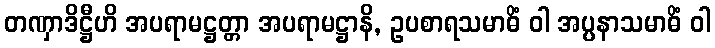
တဏှာဒိဋ္ဌီဟိ အပရာမဋ္ဌတ္တာ အပရာမဋ္ဌာနိ, ဥပစာရသမာဓိံ ဝါ အပ္ပနာသမာဓိံ ဝါ